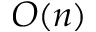
O ( n )